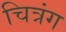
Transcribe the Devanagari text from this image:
चित्रंग